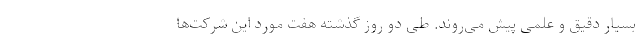
بسیار دقیق و علمی پیش می‌روند. طی دو روز گذشته هفت مورد این شرکت‌ها